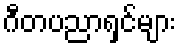
ဂီတပညာရှင်များ